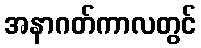
အနာဂတ်ကာလတွင်